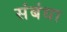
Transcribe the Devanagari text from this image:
संबंधा